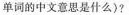
单词的中文意思是什么)?